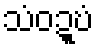
သံဝဍ္ဎံ